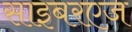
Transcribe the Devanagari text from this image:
साइबरएज